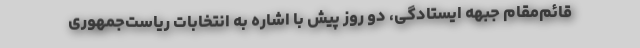
قائم‌مقام جبهه ایستادگی، دو روز پیش با اشاره به انتخابات ریاست‌جمهوری